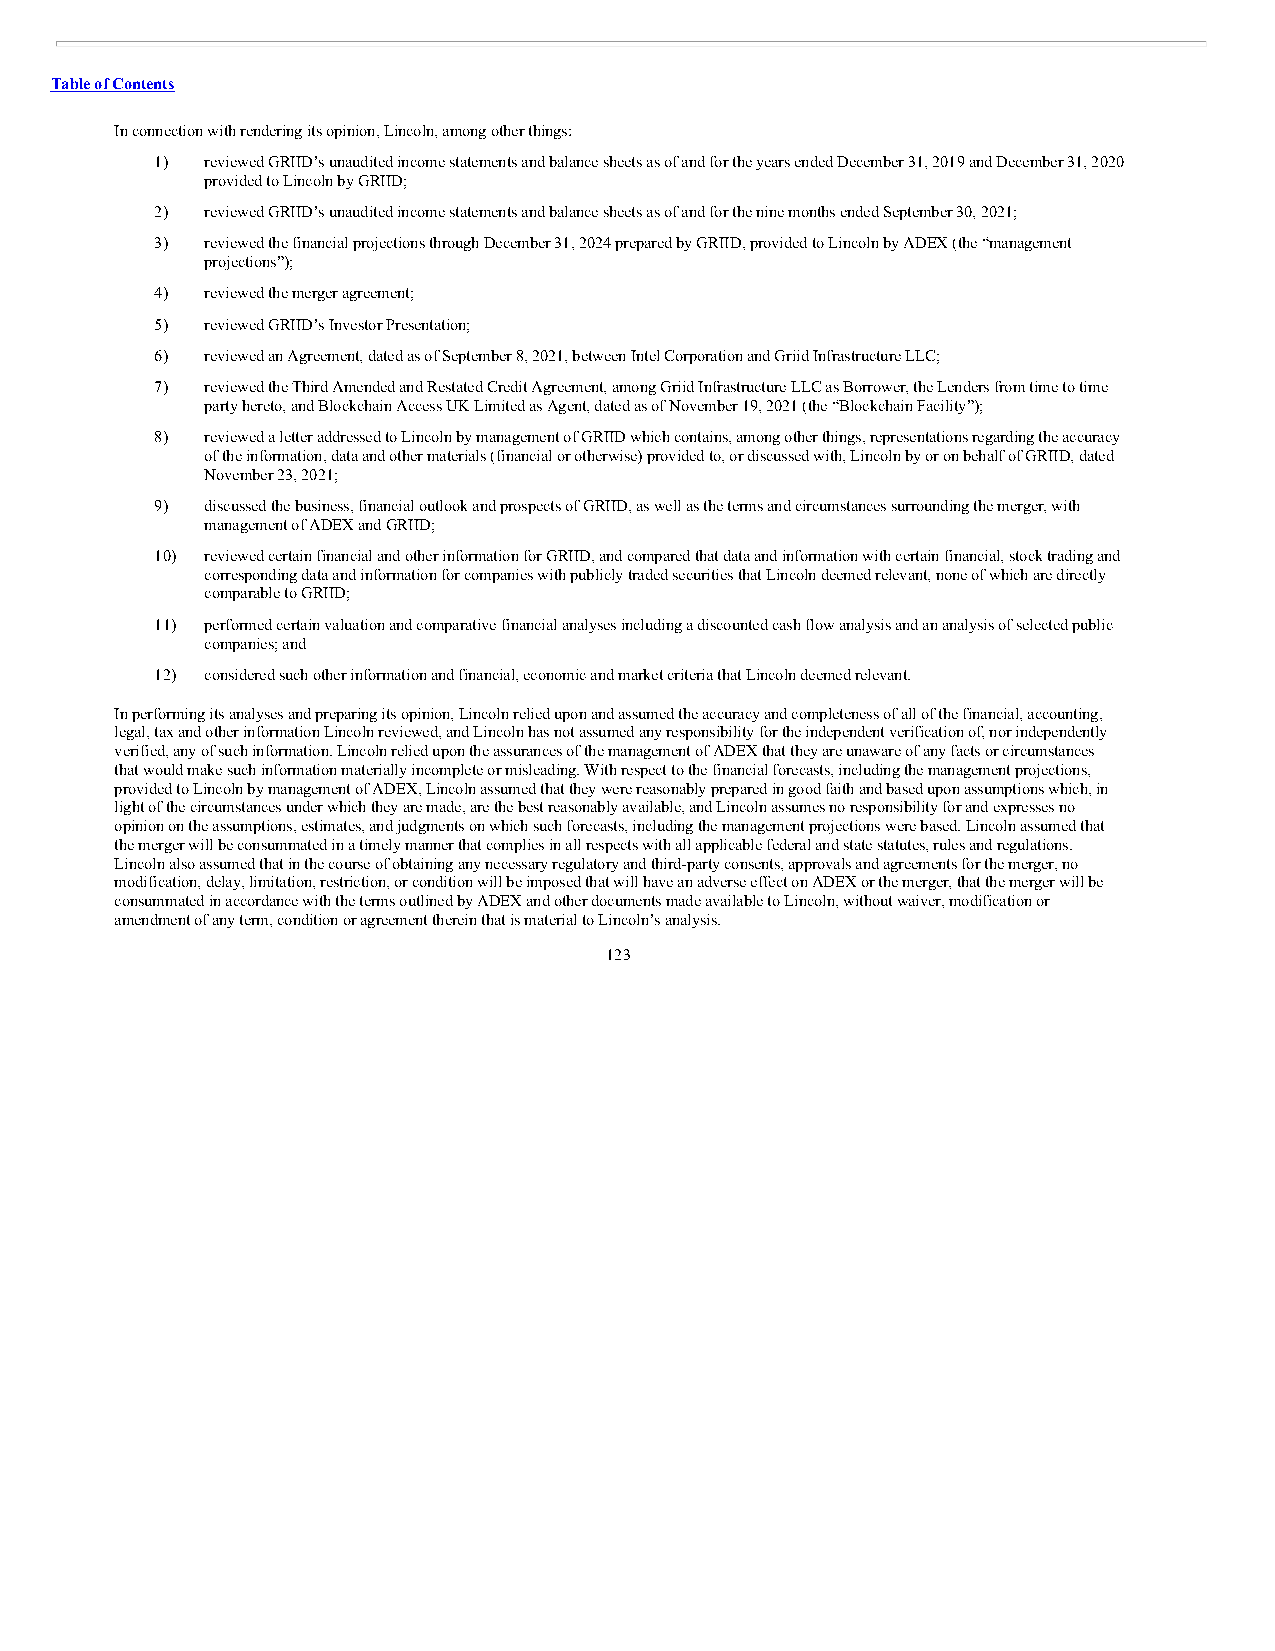
Table of Contents
 In connection with rendering its opinion, Lincoln, among other things:
 1)  reviewed GRIID’s unaudited income statements and balance sheets as of and for the years ended December 31, 2019 and December 31, 2020
 provided to Lincoln by GRIID;
 2)  reviewed GRIID’s unaudited income statements and balance sheets as of and for the nine months ended September 30, 2021;
 3)  reviewed the financial projections through December 31, 2024 prepared by GRIID, provided to Lincoln by ADEX (the “management
 projections”);
 4)  reviewed the merger agreement;
 5)  reviewed GRIID’s Investor Presentation;
 6)  reviewed an Agreement, dated as of September 8, 2021, between Intel Corporation and Griid Infrastructure LLC;
 7)  reviewed the Third Amended and Restated Credit Agreement, among Griid Infrastructure LLC as Borrower, the Lenders from time to time
 party hereto, and Blockchain Access UK Limited as Agent, dated as of November 19, 2021 (the “Blockchain Facility”);
 8)  reviewed a letter addressed to Lincoln by management of GRIID which contains, among other things, representations regarding the accuracy
 of the information, data and other materials (financial or otherwise) provided to, or discussed with, Lincoln by or on behalf of GRIID, dated
 November 23, 2021;
 9)  discussed the business, financial outlook and prospects of GRIID, as well as the terms and circumstances surrounding the merger, with
 management of ADEX and GRIID;
 10) reviewed certain financial and other information for GRIID, and compared that data and information with certain financial, stock trading and
 corresponding data and information for companies with publicly traded securities that Lincoln deemed relevant, none of which are directly
 comparable to GRIID;
 11) performed certain valuation and comparative financial analyses including a discounted cash flow analysis and an analysis of selected public
 companies; and
 12) considered such other information and financial, economic and market criteria that Lincoln deemed relevant.
 In performing its analyses and preparing its opinion, Lincoln relied upon and assumed the accuracy and completeness of all of the financial, accounting,
 legal, tax and other information Lincoln reviewed, and Lincoln has not assumed any responsibility for the independent verification of, nor independently
 verified, any of such information. Lincoln relied upon the assurances of the management of ADEX that they are unaware of any facts or circumstances
 that would make such information materially incomplete or misleading. With respect to the financial forecasts, including the management projections,
 provided to Lincoln by management of ADEX, Lincoln assumed that they were reasonably prepared in good faith and based upon assumptions which, in
 light of the circumstances under which they are made, are the best reasonably available, and Lincoln assumes no responsibility for and expresses no
 opinion on the assumptions, estimates, and judgments on which such forecasts, including the management projections were based. Lincoln assumed that
 the merger will be consummated in a timely manner that complies in all respects with all applicable federal and state statutes, rules and regulations.
 Lincoln also assumed that in the course of obtaining any necessary regulatory and third-party consents, approvals and agreements for the merger, no
 modification, delay, limitation, restriction, or condition will be imposed that will have an adverse effect on ADEX or the merger, that the merger will be
 consummated in accordance with the terms outlined by ADEX and other documents made available to Lincoln, without waiver, modification or
 amendment of any term, condition or agreement therein that is material to Lincoln’s analysis.
 123